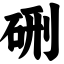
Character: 硎